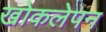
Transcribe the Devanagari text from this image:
खोकलेपन